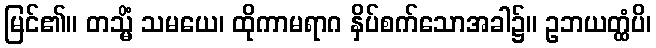
မြင်၏။ တသ္မိံ သမယေ၊ ထိုကာမရာဂ နှိပ်စက်သောအခါ၌။ ဥဘယတ္ထံပိ၊